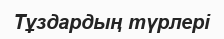
Тұздардың түрлерi